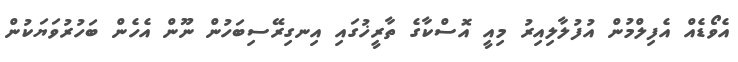
އެވޯޑެއް އެފިލްމުން އުފުލާލިއިރު މިއީ އޮސްކާގެ ތާރީޚުގައި އިނގިރޭސިބަހުން ނޫން އެހެން ބަހުރުވަޔަކުން